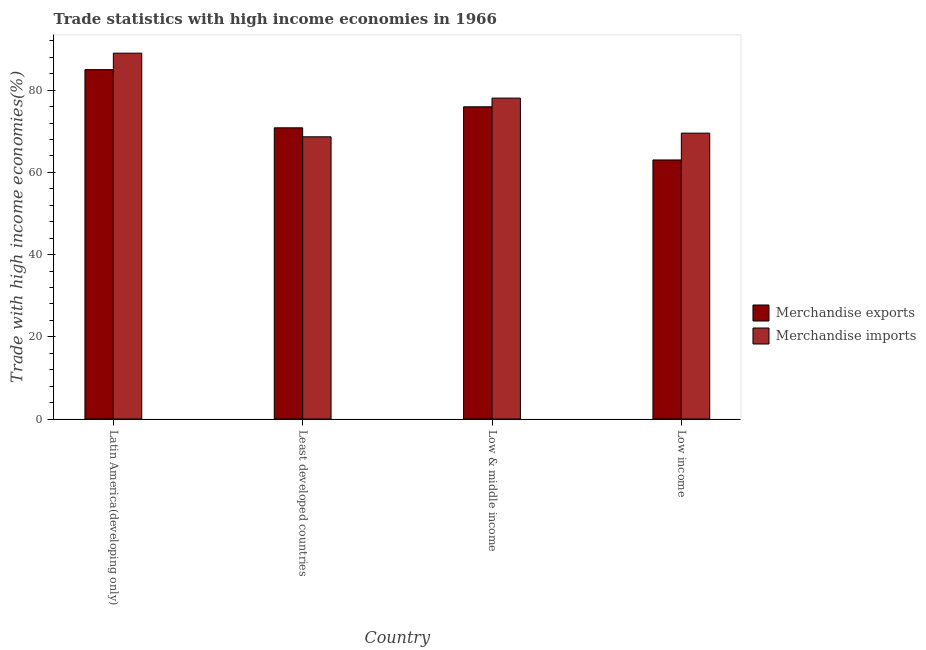
| Country | Merchandise exports | Merchandise imports |
 | --- | --- | --- |
 | Latin America(developing only) | 85 | 89 |
 | Least developed countries | 70.8 | 68.7 |
 | Low & middle income | 76 | 78.1 |
 | Low income | 63 | 69.6 |